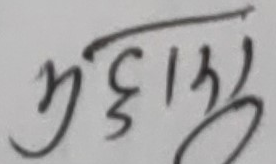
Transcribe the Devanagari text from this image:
भुद्धाजु